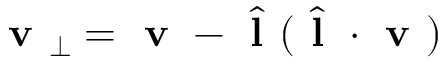
\textbf { v } _ { \perp } = \textbf { v } - \hat { \textbf { l } } ( \hat { \textbf { l } } \cdot \textbf { v } )